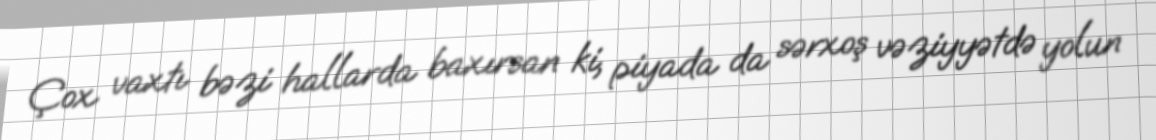
Çox vaxtı bəzi hallarda baxırsan ki, piyada da sərxoş vəziyyətdə yolun